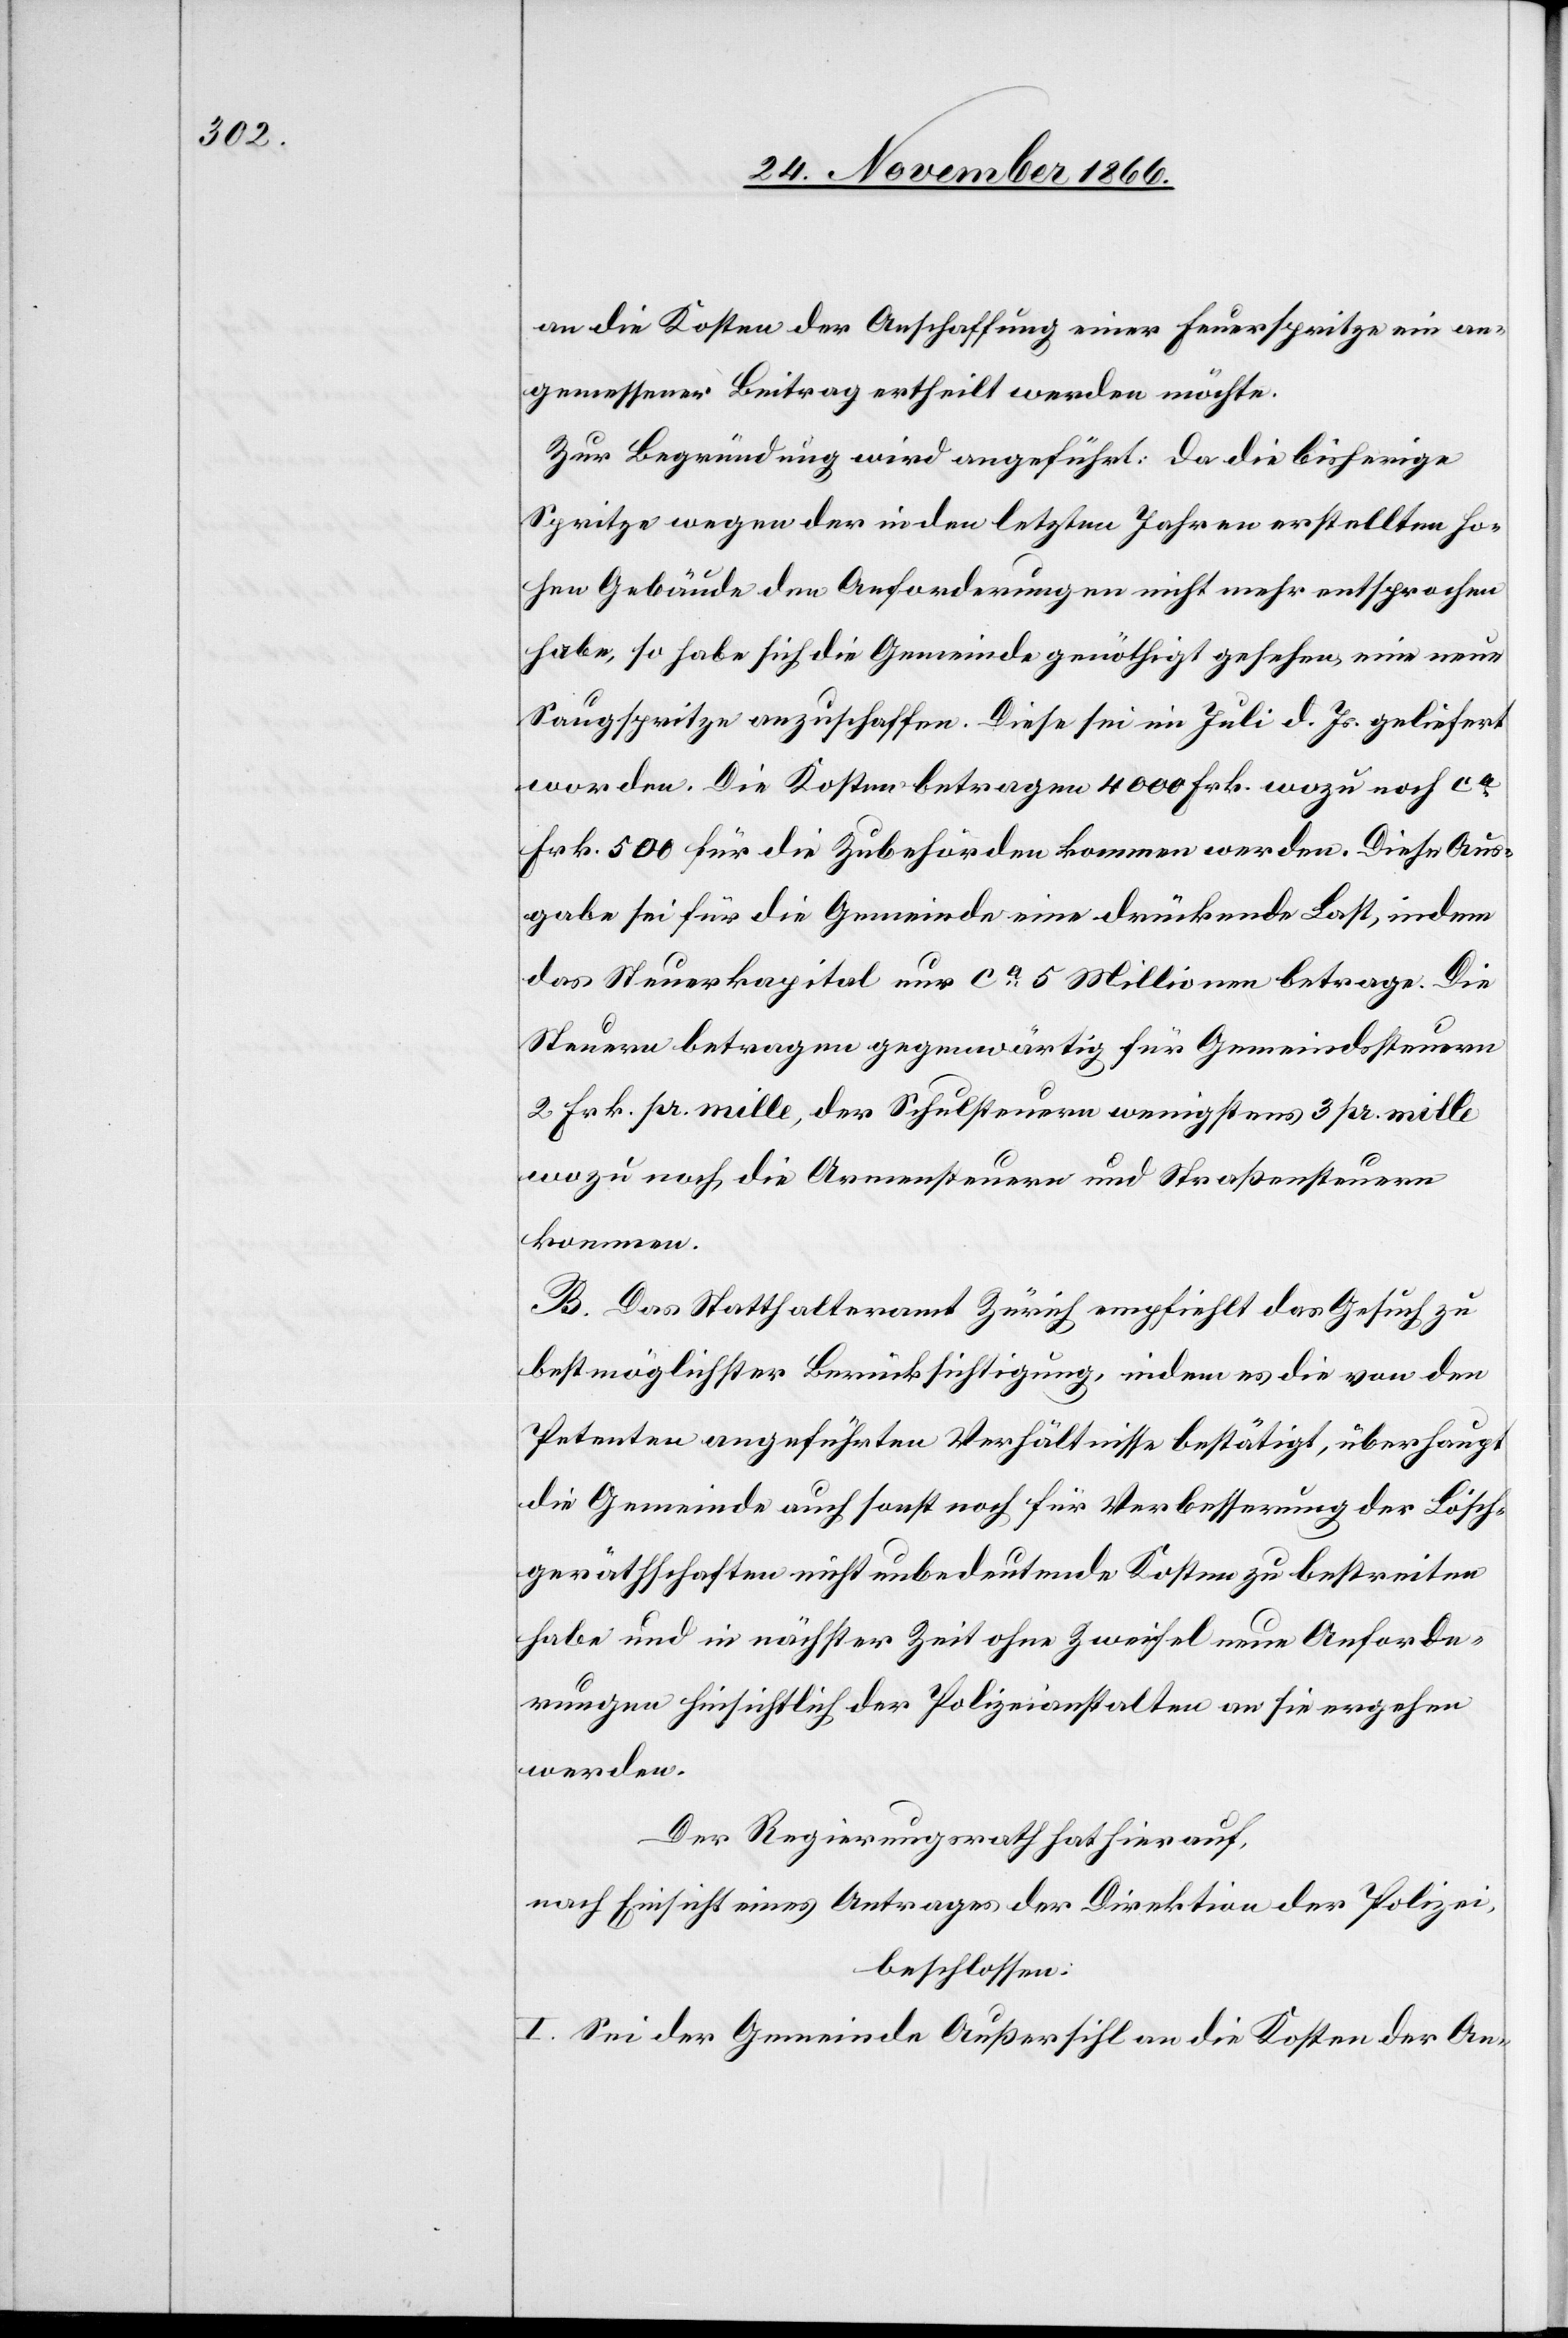
an die Kosten der Anschaffung einer Feuerspritze ein an¬
gemessener Beitrag ertheilt werden möchte.
Zur Begründung wird angeführt: Da die bisherige
Spritze wegen der in den letzten Jahren erstellten ho¬
hen Gebäude den Anforderungen nicht mehr entsprochen
habe, so habe sich die Gemeinde genöthigt gesehen, eine neue
Saugspritze anzuschaffen. Diese sei im Juli d. Js. geliefert
worden. Die Kosten betragen 4000 Frk. wozu noch ca.
Frk. 500 für die Zubehörden kommen werden. Diese Aus¬
gabe sei für die Gemeinde eine drückende Last, indem
das Steuerkapital nur ca.5 Millionen betrage. Die
Steuern betragen gegenwärtig für Gemeindssteuern
2 Frk. pr. mille, der Schulsteuern wenigstens 3 pr. mille
wozu noch die Armensteuern und Straßensteuern
kommen.
B. Das Statthalteramt Zürich empfiehlt das Gesuch zu
bestmöglichster Berücksichtigung, indem es die von den
Petenten angeführten Verhältnisse bestätigt, überhaupt
die Gemeinde auch sonst noch für Verbesserung der Lösch¬
geräthschaften nicht unbedeutende Kosten zu bestreiten
habe und in nächster Zeit ohne Zweifel neue Anforde¬
rungen hinsichtlich der Polizeianstalten an sie ergehen
werden.
Der Regierungsrath hat hierauf,
nach Einsicht eines Antrages der Direktion der Polizei,
beschlossen:
I. Sei der Gemeinde Außersihl an die Kosten der An-